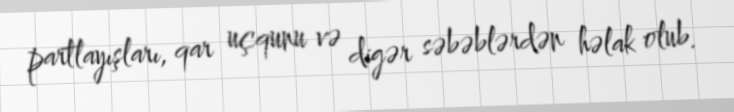
partlayışları, qar uçqunu və digər səbəblərdən həlak olub.